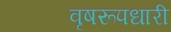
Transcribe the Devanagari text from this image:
वृषरूपधारी